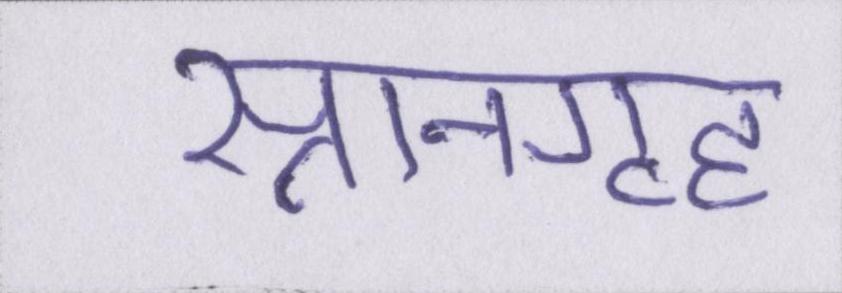
स्नानगृह